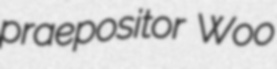
praepositor Woo